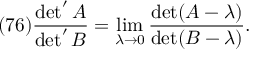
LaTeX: ( 7 6 ) \frac { \operatorname * { d e t } ^ { \prime } A } { \operatorname * { d e t } ^ { \prime } B } = \operatorname * { l i m } _ { \lambda \to 0 } \frac { \operatorname * { d e t } ( A - \lambda ) } { \operatorname * { d e t } ( B - \lambda ) } .